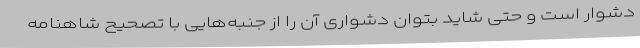
دشوار است و حتی شاید بتوان دشواری آن را از جنبه‌هایی با تصحیح شاهنامه